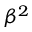
\beta ^ { 2 }